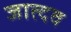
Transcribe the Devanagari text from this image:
जात्दव